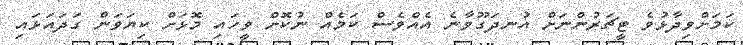
ކަމަށްވިދާޅުވެ ޓީޗަރުންނަށް އުނދަގޫވާނެ އެއްވެސް ކަމެއް ނުކޮށް ވީހައި މޮޅަށް ކިޔަވަން ގަދައަޅައި